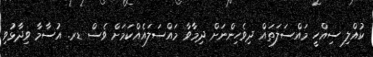
ކުއްލި ސިއްހީ މައްސަލަތައް ދިވެހިންނަށް ދިމާވާ މައްސަލައެއްކަމަށް ވެސް ޑރ. އުސާމާ ވިދާޅުވި